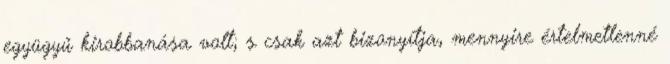
együgyű kirobbanása volt; s csak azt bizonyítja, mennyire értelmetlenné